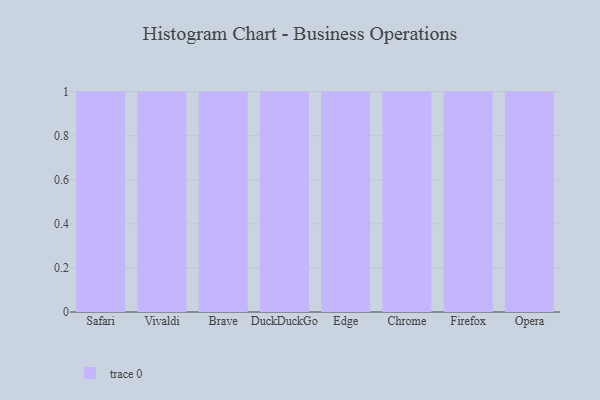
{"axis": {"x": "Browser", "y": "Inventory Turnover"}, "legend": [""], "data": [{"x": "Safari", "y": 93, "type": ""}, {"x": "Vivaldi", "y": 81, "type": ""}, {"x": "Brave", "y": 14, "type": ""}, {"x": "DuckDuckGo", "y": 53, "type": ""}, {"x": "Edge", "y": 41, "type": ""}, {"x": "Chrome", "y": 8, "type": ""}, {"x": "Firefox", "y": 92, "type": ""}, {"x": "Opera", "y": 59, "type": ""}]}